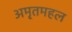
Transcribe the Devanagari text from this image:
अमृतमहल